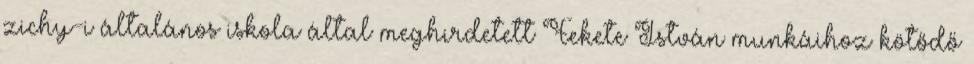
zichy-i általános iskola által meghirdetett Fekete István munkáihoz kötődő